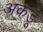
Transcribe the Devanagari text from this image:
अकडू